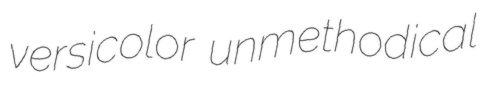
versicolor unmethodical